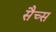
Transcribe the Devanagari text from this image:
सैच्‍स